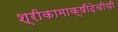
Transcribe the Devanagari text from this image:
श्रीकामाक्षीदेचीची